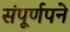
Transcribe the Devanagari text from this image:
संपूर्णपने